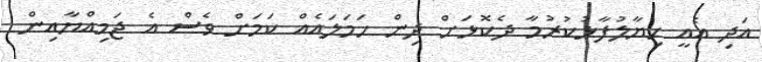
އަދި އެއީ ހިޔާލުފާޅުކުރުމާ ދެކޮޅަށް ދިން ހަމަލައެއް ކަމަށް ވެސް އެ ޖަމިއްޔާއިން